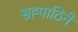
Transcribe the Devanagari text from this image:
सह्पाठिनें